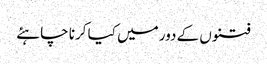
فتنوں کے دور میں کیا کرنا چاہئے